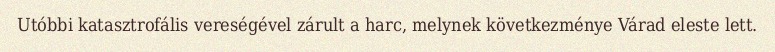
Utóbbi katasztrofális vereségével zárult a harc, melynek következménye Várad eleste lett.